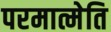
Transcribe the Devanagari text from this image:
परमात्मेति